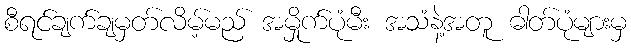
စီရင်ချက်ချမှတ်လိမ့်မည် အမှိုက်ပုံမီး အသံနဲ့အတူ ဓါတ်ပုံများမှ